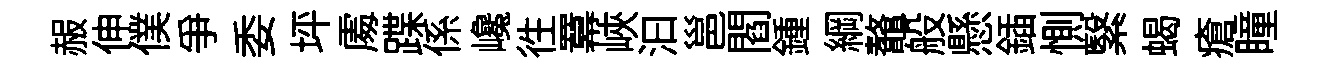
赧伸僕争委坪𠁅蹀係巉徃羃峽汩邕閻鍾綱鼇般懸鍤惻繄蝎瘡瞳